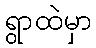
ရွာထဲမှာ